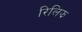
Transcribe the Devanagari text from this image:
रिलिझ